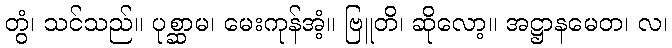
တွံ၊ သင်သည်။ ပုစ္ဆာမ၊ မေးကုန်အံ့။ ဗြူတိ၊ ဆိုလော့။ အဋ္ဌာနမေတ၊ လ၊